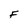
Character: F